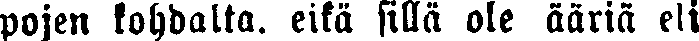
pojen kohdalta, eikä sillä ole ääriä eli